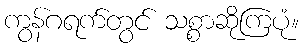
ကွန်ဂရက်တွင် သစ္စာဆိုကြပုံ။